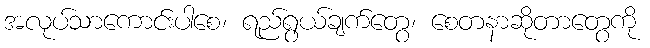
အလုပ်သာကောင်းပါစေ၊ ရည်ရွယ်ချက်တွေ၊ စေတနာဆိုတာတွေကို